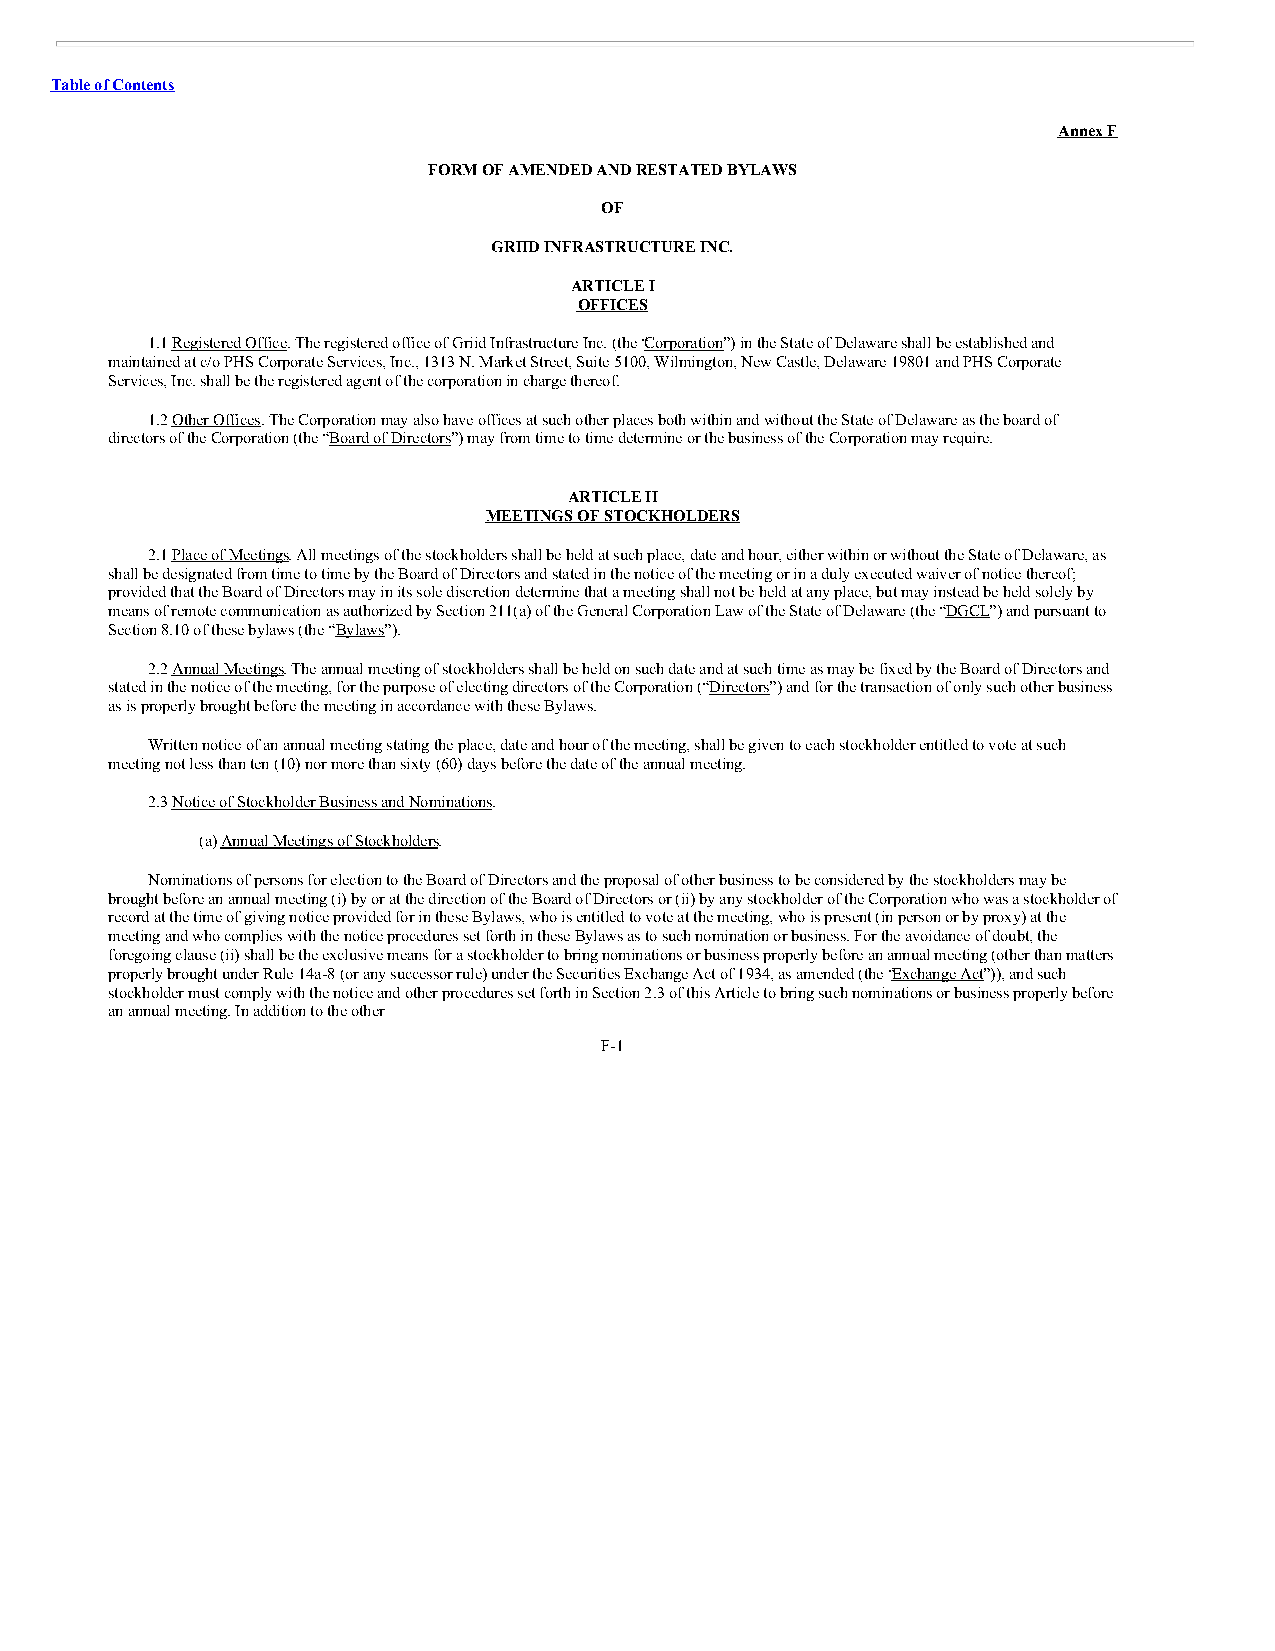
Table of Contents
 Annex F
 FORM OF AMENDED AND RESTATED BYLAWS
 OF
 GRIID INFRASTRUCTURE INC.
 ARTICLE I
 OFFICES
 1.1 Registered Office. The registered office of Griid Infrastructure Inc. (the “Corporation”) in the State of Delaware shall be established and
 maintained at c/o PHS Corporate Services, Inc., 1313 N. Market Street, Suite 5100, Wilmington, New Castle, Delaware 19801 and PHS Corporate
 Services, Inc. shall be the registered agent of the corporation in charge thereof.
 1.2 Other Offices. The Corporation may also have offices at such other places both within and without the State of Delaware as the board of
 directors of the Corporation (the “Board of Directors”) may from time to time determine or the business of the Corporation may require.
 ARTICLE II
 MEETINGS OF STOCKHOLDERS
 2.1 Place of Meetings. All meetings of the stockholders shall be held at such place, date and hour, either within or without the State of Delaware, as
 shall be designated from time to time by the Board of Directors and stated in the notice of the meeting or in a duly executed waiver of notice thereof;
 provided that the Board of Directors may in its sole discretion determine that a meeting shall not be held at any place, but may instead be held solely by
 means of remote communication as authorized by Section 211(a) of the General Corporation Law of the State of Delaware (the “DGCL”) and pursuant to
 Section 8.10 of these bylaws (the “Bylaws”).
 2.2 Annual Meetings. The annual meeting of stockholders shall be held on such date and at such time as may be fixed by the Board of Directors and
 stated in the notice of the meeting, for the purpose of electing directors of the Corporation (“Directors”) and for the transaction of only such other business
 as is properly brought before the meeting in accordance with these Bylaws.
 Written notice of an annual meeting stating the place, date and hour of the meeting, shall be given to each stockholder entitled to vote at such
 meeting not less than ten (10) nor more than sixty (60) days before the date of the annual meeting.
 2.3 Notice of Stockholder Business and Nominations.
 (a) Annual Meetings of Stockholders.
 Nominations of persons for election to the Board of Directors and the proposal of other business to be considered by the stockholders may be
 brought before an annual meeting (i) by or at the direction of the Board of Directors or (ii) by any stockholder of the Corporation who was a stockholder of
 record at the time of giving notice provided for in these Bylaws, who is entitled to vote at the meeting, who is present (in person or by proxy) at the
 meeting and who complies with the notice procedures set forth in these Bylaws as to such nomination or business. For the avoidance of doubt, the
 foregoing clause (ii) shall be the exclusive means for a stockholder to bring nominations or business properly before an annual meeting (other than matters
 properly brought under Rule 14a-8 (or any successor rule) under the Securities Exchange Act of 1934, as amended (the “Exchange Act”)), and such
 stockholder must comply with the notice and other procedures set forth in Section 2.3 of this Article to bring such nominations or business properly before
 an annual meeting. In addition to the other
 F-1